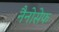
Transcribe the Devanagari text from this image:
नैनोसेफ